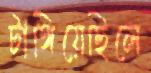
টাঙ্গিয়েছিলে